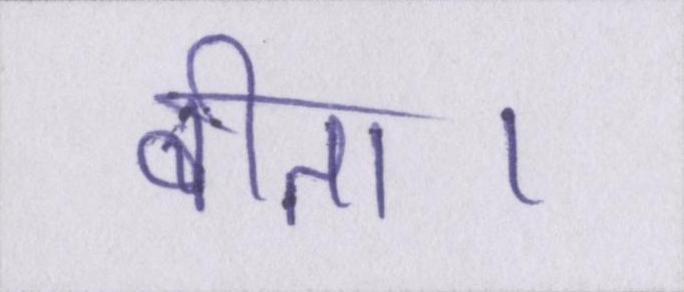
बीता।